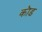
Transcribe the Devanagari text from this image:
कॊड